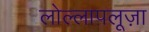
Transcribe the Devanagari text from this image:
लोल्लापलूज़ा